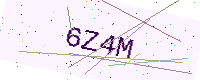
Text: 6Z4M